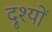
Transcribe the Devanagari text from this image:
दृ्श्यों